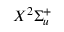
X ^ { 2 } \Sigma _ { u } ^ { + }